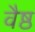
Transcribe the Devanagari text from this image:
वैष्ठ